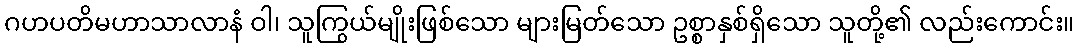
ဂဟပတိမဟာသာလာနံ ဝါ၊ သူကြွယ်မျိုးဖြစ်သော များမြတ်သော ဥစ္စာနှစ်ရှိသော သူတို့၏ လည်းကောင်း။